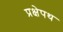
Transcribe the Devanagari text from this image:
प्रक्षेपथ